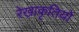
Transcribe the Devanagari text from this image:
रेखाकृतियों